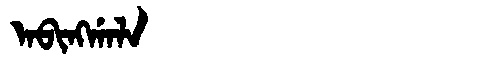
Manchu: ᠠᠪᡳᠩᡤᠠᠯᠠ
Romanization: ABINGGALA